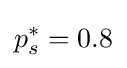
p_{s}^{*}=0.8